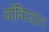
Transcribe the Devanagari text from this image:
मोंत्रियाल